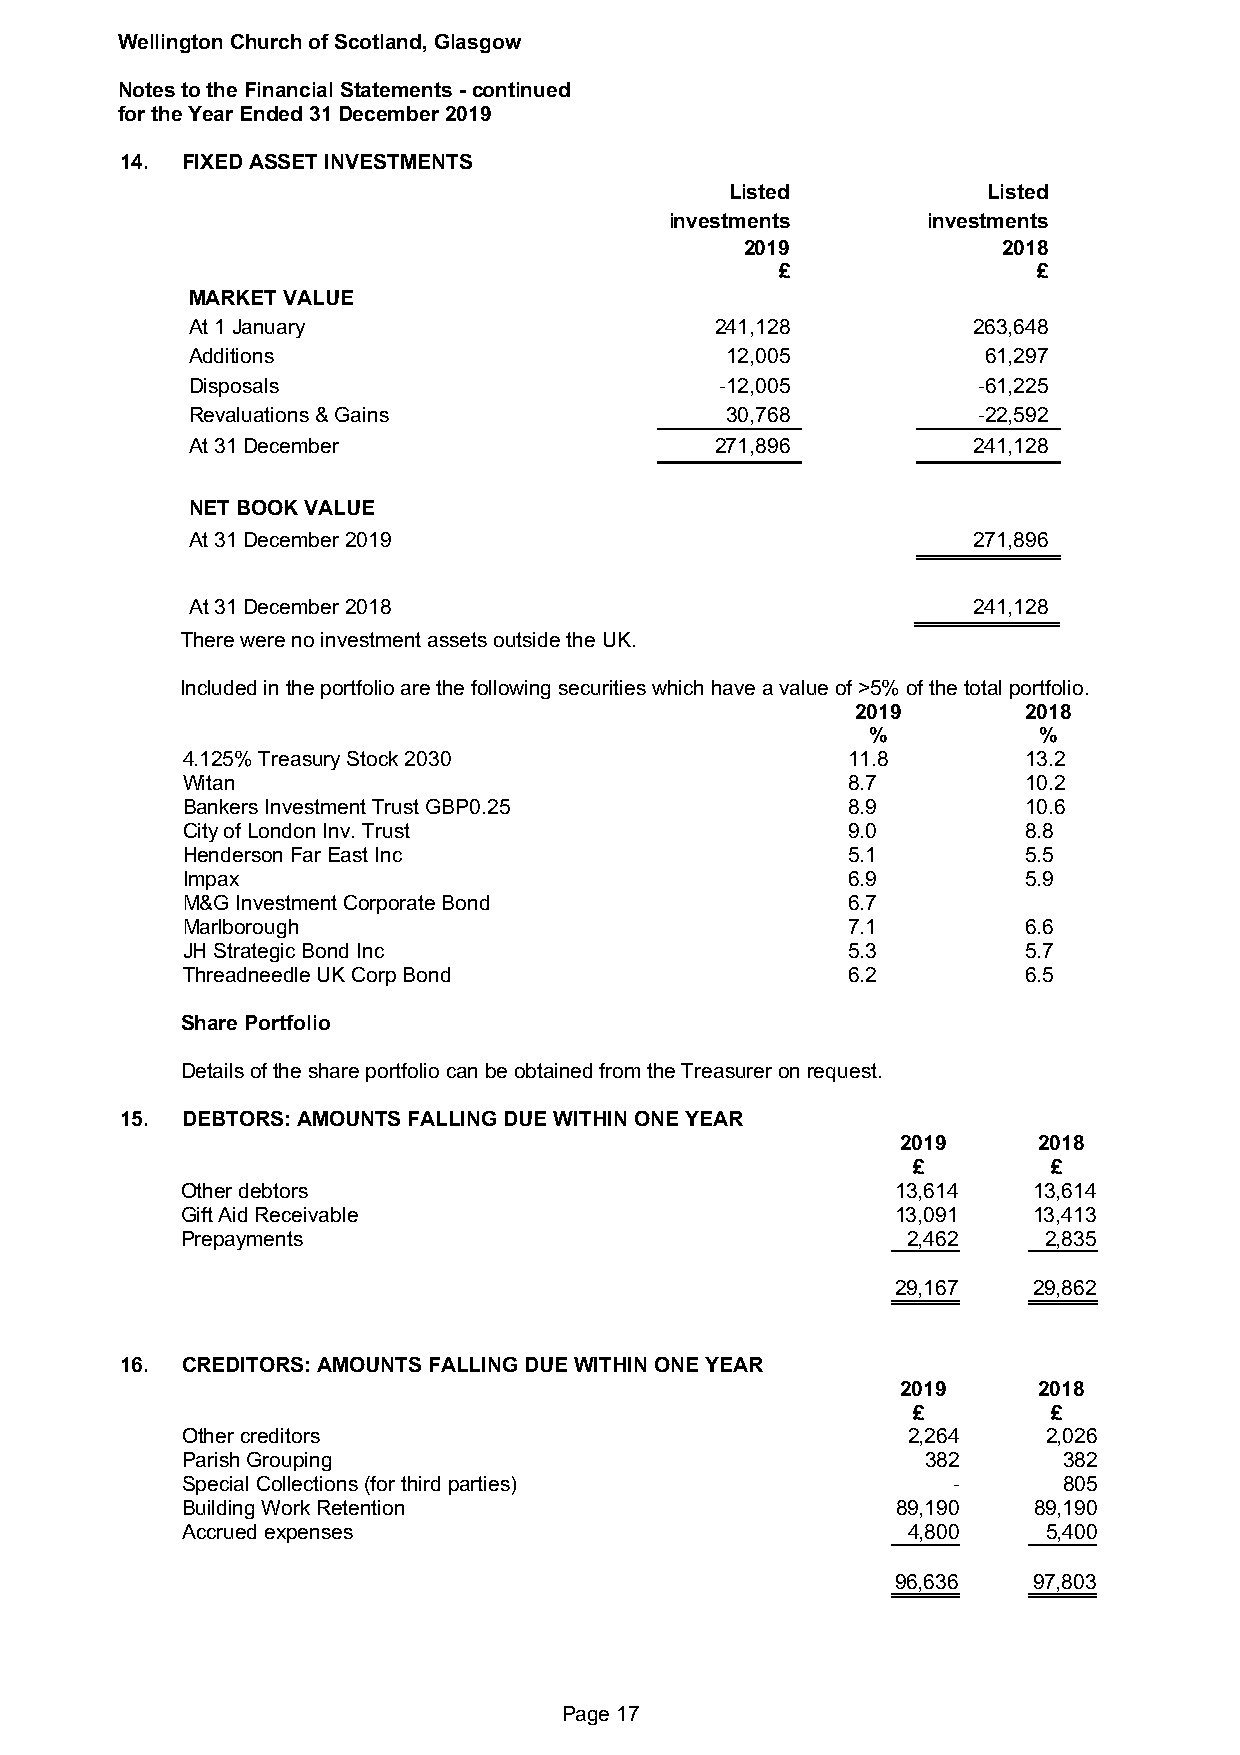
Wellington Church of Scotland, Glasgow
 Notes to the Financial Statements - continued
 for the Year Ended 31 December 2019
 14. FIXED ASSET INVESTMENTS
 Listed           Listed
 investments      investments
 2019             2018
 £                £
 MARKET VALUE
 At 1 January                       241,128          263,648
 Additions                           12,005           61,297
 Disposals                           -12,005          -61,225
 Revaluations & Gains                30,768           -22,592
 At 31 December                     271,896          241,128
 NET BOOK VALUE
 At 31 December 2019                                 271,896
 At 31 December 2018                                 241,128
 There were no investment assets outside the UK.
 Included in the portfolio are the following securities which have a value of >5% of the total portfolio.
 2019       2018
 %          %
 4.125% Treasury Stock 2030                  11.8        13.2
 Witan                                       8.7         10.2
 Bankers Investment Trust GBP0.25            8.9         10.6
 City of London Inv. Trust                   9.0         8.8
 Henderson Far East Inc                      5.1         5.5
 Impax                                       6.9         5.9
 M&G Investment Corporate Bond               6.7
 Marlborough                                 7.1         6.6
 JH Strategic Bond Inc                       5.3         5.7
 Threadneedle UK Corp Bond                   6.2         6.5
 Share Portfolio
 Details of the share portfolio can be obtained from the Treasurer on request.
 15. DEBTORS: AMOUNTS FALLING DUE WITHIN ONE YEAR
 2019     2018
 £         £
 Other debtors                                  13,614   13,614
 Gift Aid Receivable                            13,091   13,413
 Prepayments                                     2,462    2,835
 29,167   29,862
 16. CREDITORS: AMOUNTS FALLING DUE WITHIN ONE YEAR
 2019     2018
 £         £
 Other creditors                                 2,264    2,026
 Parish Grouping                                  382      382
 Special Collections (for third parties)            -      805
 Building Work Retention                        89,190   89,190
 Accrued expenses                                4,800    5,400
 96,636   97,803
 Page 17